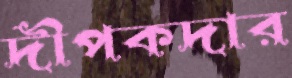
দীপকদার